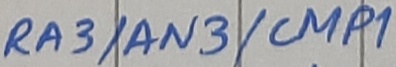
Text: RA3/AN3/CMP1